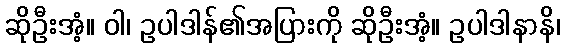
ဆိုဦးအံ့။ ဝါ၊ ဥပါဒါန်၏အပြားကို ဆိုဦးအံ့။ ဥပါဒါနာနိ၊